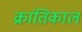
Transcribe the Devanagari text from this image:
क्रांतिकाल